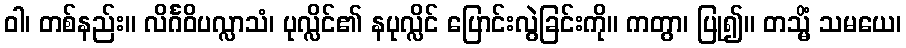
ဝါ၊ တစ်နည်း။ လိင်္ဂဝိပလ္လာသံ၊ ပုလ္လိင်၏ နပုလ္လိင် ပြောင်းလွဲခြင်းကို။ ကတွာ၊ ပြု၍။ တသ္မိံ သမယေ၊